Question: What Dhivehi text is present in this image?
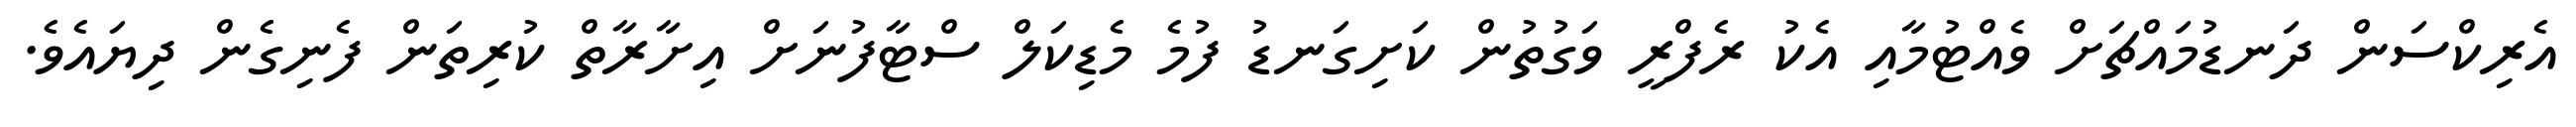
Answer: އެރިކްސަން ދަނޑުމައްޗަށް ވެއްޓުމާއި އެކު ރެފްރީ ވަގުތުން ކަށިގަނޑު ފުމެ މެޑިކަލް ސްޓާފުނަށް އިށާރާތް ކުރިތަން ފެނިގެން ދިޔައެވެ.